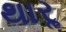
થારૢ